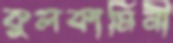
কুলকামিনী